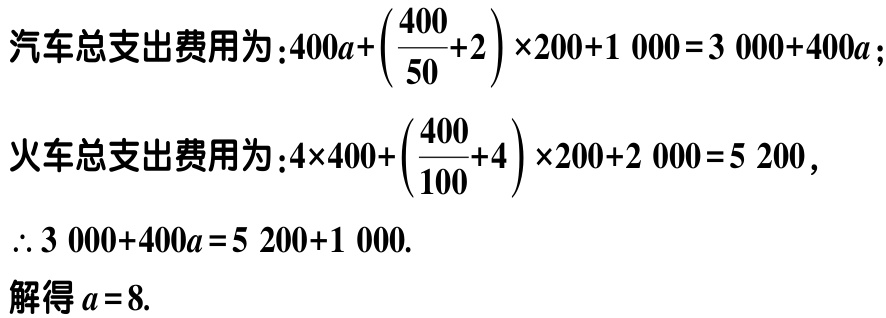
汽车总支出费用为：\(400a+\left(\dfrac{400}{50}+2\right)\times200 + 1000 = 3000 + 400a\)；

火车总支出费用为：\(4\times400+\left(\dfrac{400}{100}+4\right)\times200 + 2000 = 5200\)，

\(\therefore 3000 + 400a = 5200+1000\).

解得\(a = 8\).